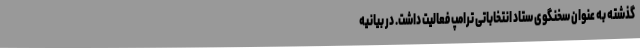
گذشته به عنوان سخنگوی ستاد انتخاباتی ترامپ فعالیت داشت. در بیانیه